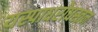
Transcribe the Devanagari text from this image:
यस्पाधरोधस्तन